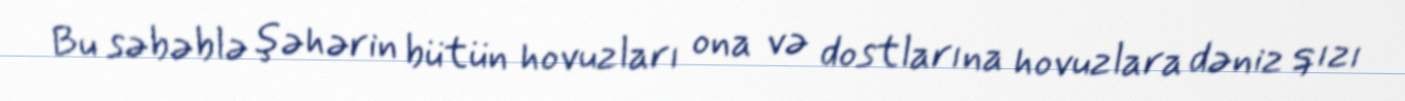
Bu səbəblə şəhərin bütün hovuzları ona və dostlarına hovuzlara dəniz qızı